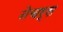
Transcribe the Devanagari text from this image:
नेचर्स